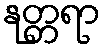
နုတ္တရာ